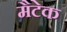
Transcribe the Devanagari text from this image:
मैटेक